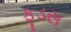
ફૂડસ